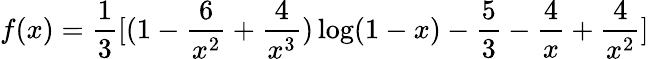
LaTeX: f(x)={\frac{1}{3}}[(1-{\frac{6}{x^{2}}}+{\frac{4}{x^{3}}})\log(1-x)-{\frac{5}{3}}-{\frac{4}{x}}+{\frac{4}{x^{2}}}]